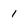
Character: 1